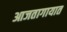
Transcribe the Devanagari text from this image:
आजतागायात